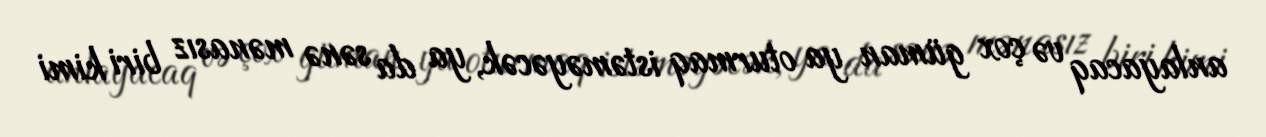
anlayacaq və çox güman ya oturmaq istəməyəcək, ya da sənə mənasız biri kimi